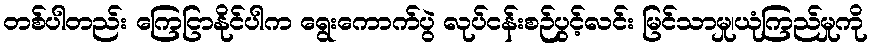
တစ်ပါတည်း ကြေငြာနိုင်ပါက ရွေးကောက်ပွဲ လုပ်ငန်းစဉ်ပွင့်လင်း မြင်သာမှု၊ယုံကြည်မှုကို